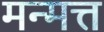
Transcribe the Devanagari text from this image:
मन्मत्त